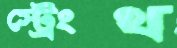
স্ট্রেংথ